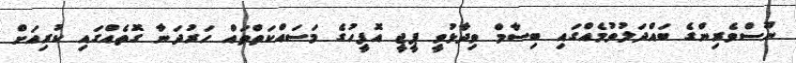
ނޫސްވެރިންގެ ބައްދަލުވުމެއްގައި ބިސާމް ވިދާޅުވީ ޕީޖީ އޮފީހުގެ މަސައްކަތްތައް ހަރުދަނާ ގޮތެއްގައި ކުރިއަށް